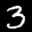
Label: 3